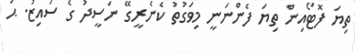
ތިޔަ ފޮޓޯއިން ތިޔަ ފެންނަނީ މިވަގުތު ކެނެރީގޭ ނަސީދު ގެ ސައިޒު. ޙަ